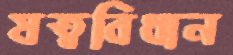
ষত্ববিধান